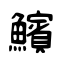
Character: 𩼧